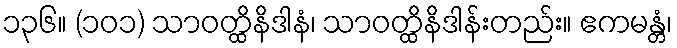
၁၃၆။ (၁၀၁) သာဝတ္ထိနိဒါနံ၊ သာဝတ္ထိနိဒါန်းတည်း။ ဧကမန္တံ၊